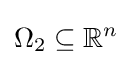
\Omega _{2}\subseteq \mathbb {R} ^{n}